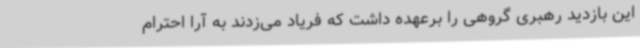
این بازدید رهبری گروهی را برعهده داشت که فریاد می‌زدند به آرا احترام